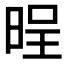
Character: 𣇒